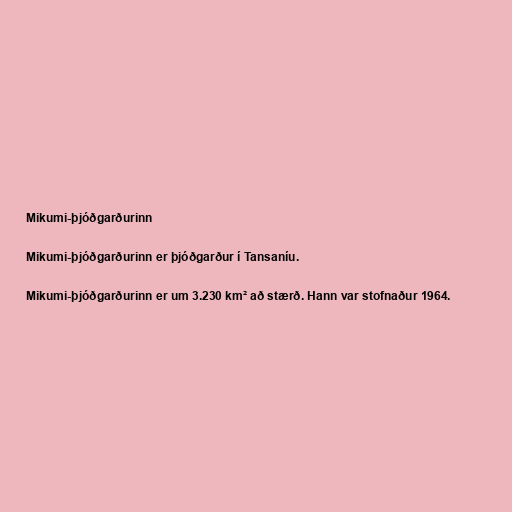
Mikumi-þjóðgarðurinn

Mikumi-þjóðgarðurinn er þjóðgarður í Tansaníu.

Mikumi-þjóðgarðurinn er um 3.230 km² að stærð. Hann var stofnaður 1964.